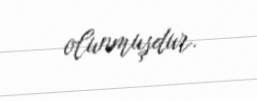
olunmuşdur.